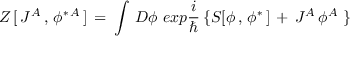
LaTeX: Z \, [ \, J ^ { A } \, , \, \phi ^ { \ast \, A } \, ] \, = \, \int \, { \cal D } \phi \, \, e x p { \frac { i } { \hbar } } \, \{ S [ \phi \, , \, \phi ^ { \ast } \, ] \, + \, J ^ { A } \, \phi ^ { A } \, \, \}